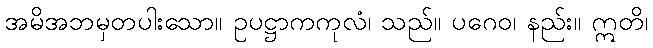
အမိအဘမှတပါးသော။ ဥပဋ္ဌာကကုလံ၊ သည်။ ပဂေဝ၊ နည်း။ ဣတိ၊